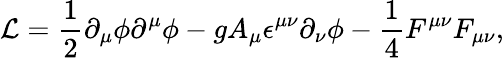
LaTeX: {\cal L}={\frac{1}{2}}\partial_{\mu}\phi\partial^{\mu}\phi-gA_{\mu}\epsilon^{\mu\nu}\partial_{\nu}\phi-{\frac{1}{4}}F^{\mu\nu}F_{\mu\nu},